Annual administration report of the Civil Veterinary Department of India - 1909-1910
Year: 1909
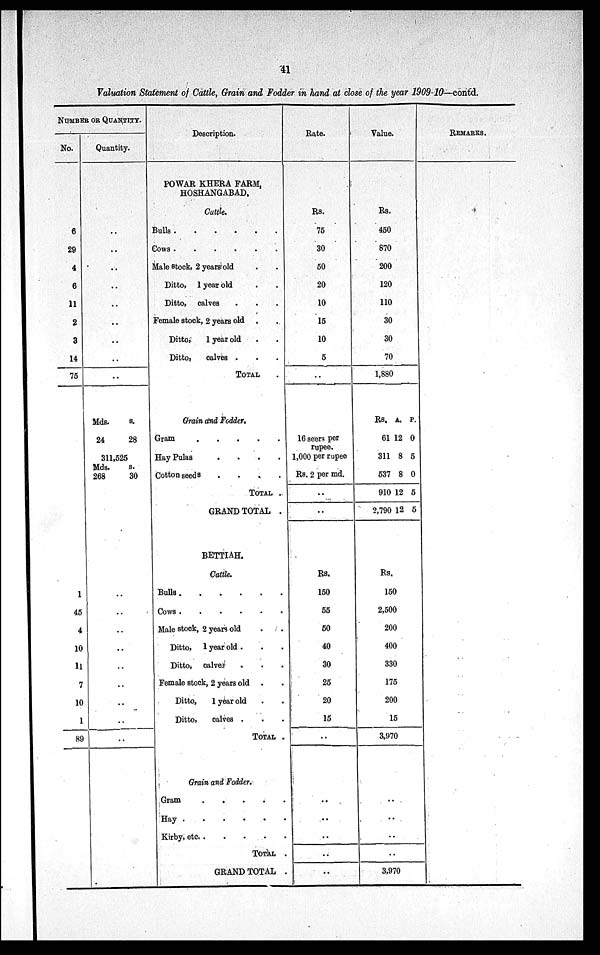
41
Valuation Statement of Cattle, Grain and Fodder in hand at close of the year 1909-10—contd.
NUMBER OR QUANTITY.
No.
6
29
4
6
11
2
3
14
75
1
45
4
10
11
7
10
1
89
Quantity.
..
..
..
..
..
..
..
..
..
Mds.
24
s.
28
311,525
Mds.
268
s.
30
..
..
..
..
..
..
..
..
..
Description.
POWAR KHERA FARM,
HOSHANGABAD.
Cattle.
Bulls
.
.
.
.
.
.
Cows
.
.
.
.
.
.
Male stock, 2 years old
Ditto, 1 year old . .
Ditto, calves . . .
Female stock, 2 years old . .
Ditto,
1 year old . .
Ditto,
calves . . .
TOTAL .
Grain and Fodder.
Gram
.
.
.
.
.
Hay Pulas
.
.
.
.
Cotton seeds
.
.
.
.
TOTAL .
GRAND TOTAL .
BETTIAH.
Cattle.
Bulls . . . . . . .
Cows
.
.
.
.
.
.
Male stock, 2 years old . .
Ditto, 1 year old . . .
Ditto, calves . . .
Female stock, 2 years old . .
Ditto,
1 year old . .
Ditto,
calves . . .
TOTAL .
Grain and Fodder.
Gram
.
.
.
.
.
Hay
.
.
.
.
.
.
Kirby,
etc.
.
.
.
.
TOTAL .
GRAND TOTAL .
Rate.
Rs.
75
30
50
20
10
15
10
5
..
16 seen per
rupee.
1,000 per rupee
Rs. 2 per md.
..
..
Rs.
150
55
50
40
30
25
20
15
..
..
..
..
..
..
Value.
Rs.
450
870
200
120
110
30
30
70
1,880
Rs,
61
311
537
910
2,790
A.
12
8
8
12
12
P.
0
5
0
5
5
Rs.
150
2,500
200
400
330
175
200
15
3,970
..
..
..
..
3,970
REMARKS.